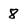
Character: 8